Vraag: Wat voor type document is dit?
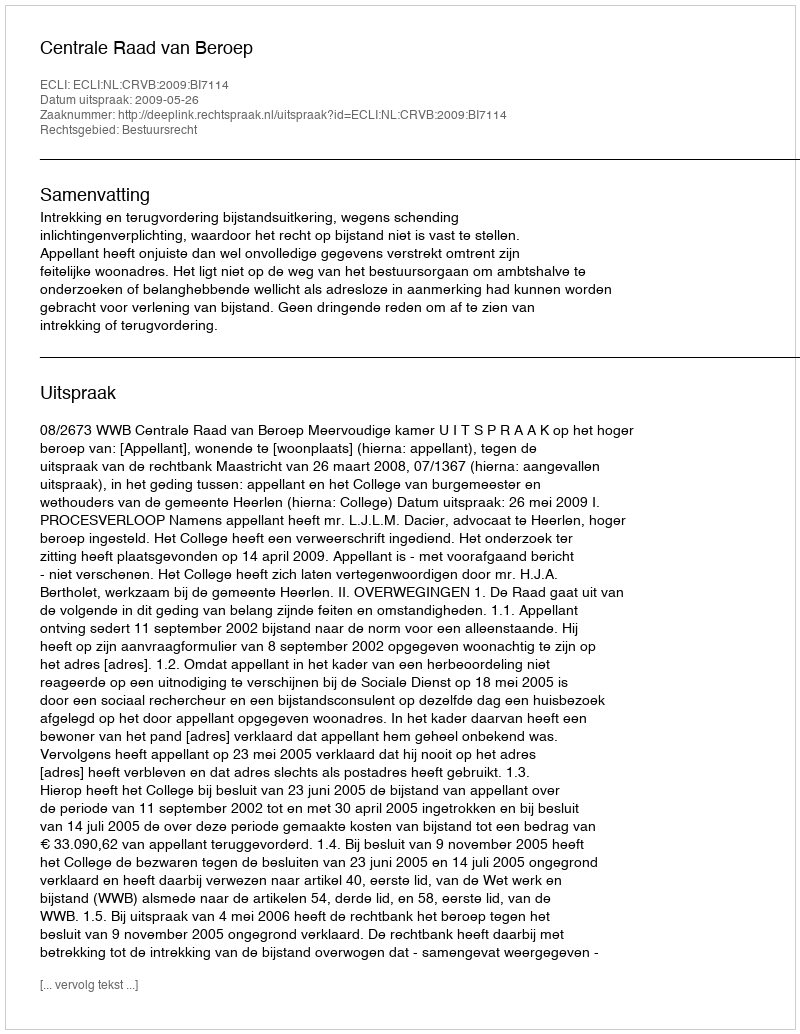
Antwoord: Uitspraak